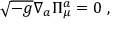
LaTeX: \sqrt { - g } \nabla _ { a } \Pi _ { \mu } ^ { a } = 0 \ ,